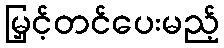
မြှင့်တင်ပေးမည့်